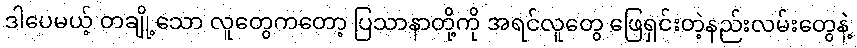
ဒါပေမယ့် တချို့သော လူတွေကတော့ ပြသာနာတို့ကို အရင်လူတွေ ဖြေရှင်းတဲ့နည်းလမ်းတွေနဲ့